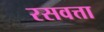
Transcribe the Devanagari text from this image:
रसवत्ता